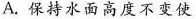
A.保持水面高度不变使